Lunatic asylums Punjab 1868-1880 - 1868-1880
Year: 1868
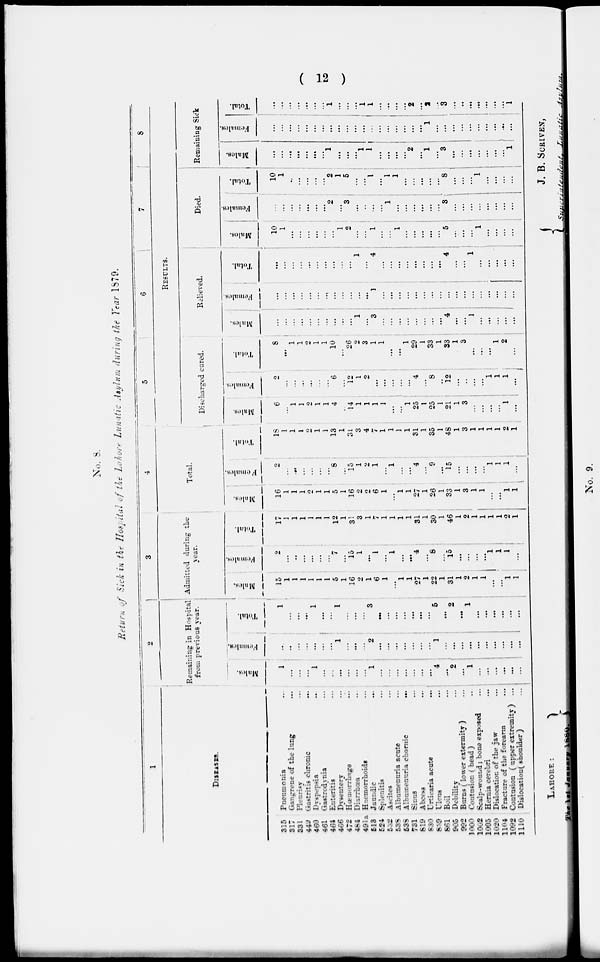
( 12 )
No. 8.
Return of Sick in the Hospital of the Lahore Lunatic Asylum during the Year 1879.
1
DISEASES.
315
317
331
449
460
461
464
466
472
464
491a
513
624
532
538
638
731
819
630
859
861
905
992
1000
1002
1005
1020
1104
1092
1110
Pneumonia
Gangrene of the long
Pleurisy
Gastritis chronic
Dyspepsia
Gastrodynia
Enteritis
Dysentery
Haemorrhage
Diarrhoea
Haemorrhoids
Jaundic
Splenitis
Ascites
Albumenuria acute
Albumenuria choraic
Suras
Abcess
Urticaria acute
Clans
Boil
Debility
Burns (lower extermity )
Confmaon (head)
Scalp-wontd; bone exposed
Hernia cerebri
Dislocation of the jaw
Fracture of the forearm
Contusion (upper extremity)
Dislocation(shoulder)
...
...
...
...
...
...
...
...
...
...
...
...
...
...
...
...
...
...
...
...
...
...
...
...
...
...
...
...
...
...
2
Remaining in Hospital
from previous rear.
Males.
1
...
...
...
1
...
...
...
...
...
...
1
...
...
... ...
...
...
...
4
...
2
...
1
...
...
...
...
...
...
Females.
...
...
...
...
...
...
...
1
...
...
...
2
...
...
...
...
...
...
...
1
...
...
...
...
...
...
...
...
...
...
Total.
1
...
...
...
1
...
...
1
...
...
...
3
...
...
...
...
...
...
...
6
...
2
...
1
...
...
...
...
...
...
3
Admitted during the
year.
Males.
15
1
1
1
1
1
1
5
1
16
2
1
6
1
...
1
1
27
1
22
1
31
1
2
1
1
...
1
1
Females.
2
...
...
...
...
...
...
7
...
15
1
...
1
...
1
...
...
4
...
8
...
15
...
...
...
...
1
1
1
...
Total.
17
1
1
1
1
1
1
12
1
31
3
1
7
1
1
1
1
31
1
30
1
46
1
2
1
1
1
1
2
1
4
Total.
Males.
16
1
1
1
2
1
1
5
1
16
2
2
6
1
...
1
1
27
1
26
1
33
1
3
1
1
...
...
1
1
Females.
2
...
...
...
...
...
...
8
...
15
1
2
1
...
1
...
...
4
...
9
...
15
...
...
...
...
1
1
1
...
Total.
18
1
1
1
2
1
1
13
1
31
3
4
7
1 1
1
1 31
1
35 1
48
1
3
1
1
1
1
2
1
5
6
7
8
RESULTS.
Discharged cured.
Males.
6
...
1
1
2
1
1
4
...
14
1
1
1
1
...
1
25
1
25
1
21
1
3
...
...
...
...
1
...
Females.
2
...
...
...
...
...
...
6
12
1
2
...
...
....
...
...
4
...
8
...
12
...
...
...
...
1
1
1
...
Total.
8
...
1
1
2
1
1
10
...
26
2
3
1
1
...
...
1 29
1
33
1
33
1
3
...
...
...
1
2
...
Relieved.
Males.
...
...
...
1
...
...
...
...
...
...
1
...
3
...
...
...
...
...
...
...
4
...
...
1
...
...
...
...
...
Females.
...
...
...
...
...
...
...
...
...
...
...
...
1
...
...
...
...
...
...
...
...
...
...
...
...
...
...
...
...
...
Total.
...
...
...
...
...
...
...
...
...
...
1 ...
4
...
...
...
...
...
...
...
...
4
...
...
1
...
...
...
...
...
Died.
Males.
10
1
...
...
...
...
...
...
1
2
...
...
1
1
...
1
...
...
...
...
5
...
...
...
1
...
...
...
...
Females.
...
...
...
...
...
...
...
2
...
3
...
...
...
...
1
...
...
...
...
...
...
3
....
...
...
...
...
...
...
...
Total.
10
1
...
...
...
...
...
2
1
5
...
...
1
...
1
1
...
...
...
...
...
8
...
...
...
1
...
...
...
...
Remaining Sick
Males.
...
...
...
...
...
...
...
1
...
...
...
1
1
...
...
...
...
2
...
1
...
3
...
...
...
...
...
...
...
1
Females.
...
...
...
...
...
...
...
...
...
...
...
...
...
...
...
...
...
...
...
1
...
...
...
...
...
...
...
...
...
Total.
...
...
...
...
...
...
...
1
...
...
...
1
1
...
...
...
...
2
...
2
...
3
...
...
...
...
...
...
...
1
LAHORE:
The 1st January 1880.
J. B. SCRIVEN,
Superintendent Lunatic Asylum.
No. 9.